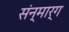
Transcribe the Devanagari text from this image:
संन्मार्ग